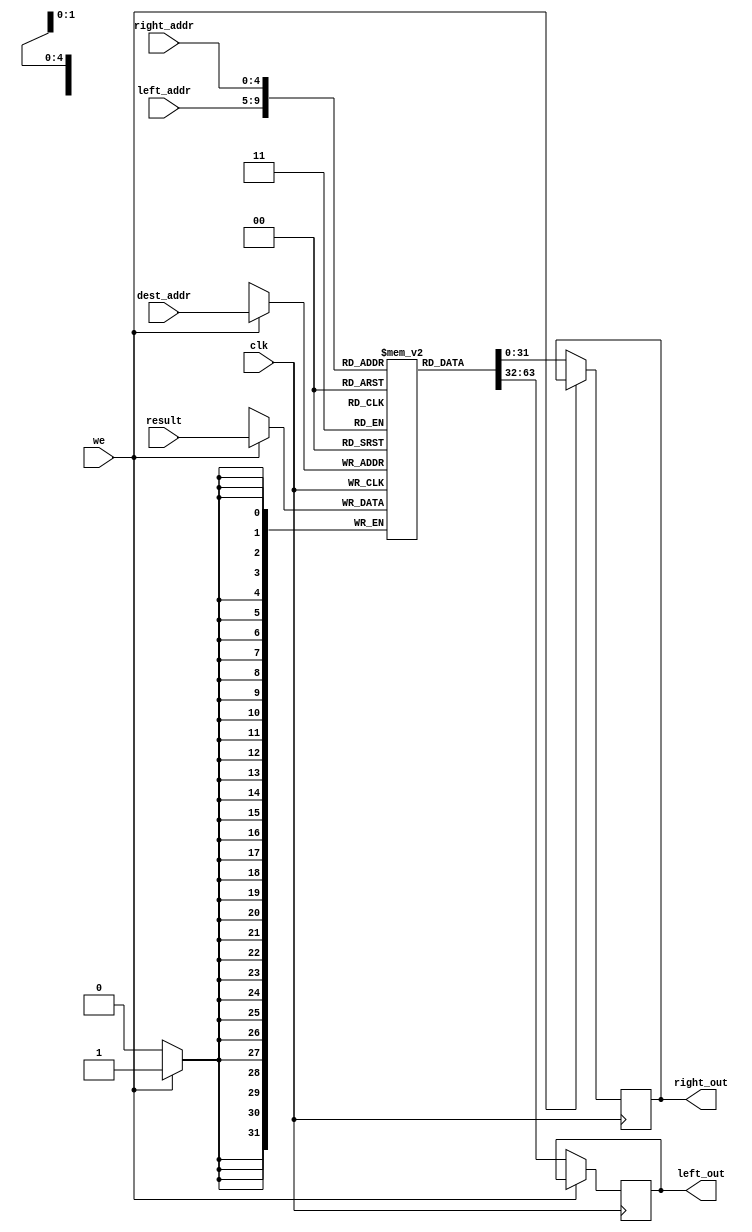
////////////////////////////////////////////
//Stores temporary variables////////////////
//dest_addr is a write port/////////////////
//left_addr and right_addr are read ports///
//left _addr and right addr are on 5 bits/// 
//so they have 32 different values///
module file_reg(input we,
		input clk,
		input [4:0] left_addr,
		input [4:0] right_addr,
		input [31:0] result,
		input [4:0] dest_addr,  // we store the result in regFile register  at this addres
		output reg [31:0]  left_out,
		output reg[31:0] right_out);
reg [31:0] regFile [0:31];  //data is stored here

	always@(posedge clk) begin 
		if(we)
			regFile[dest_addr]<=result;
		else 
			begin 
			left_out<=regFile[left_addr];
			right_out<=regFile[right_addr];
	
			end

	end
endmodule